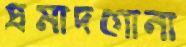
প্রমাদগোনা